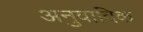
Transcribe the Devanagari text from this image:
अनुवादिक